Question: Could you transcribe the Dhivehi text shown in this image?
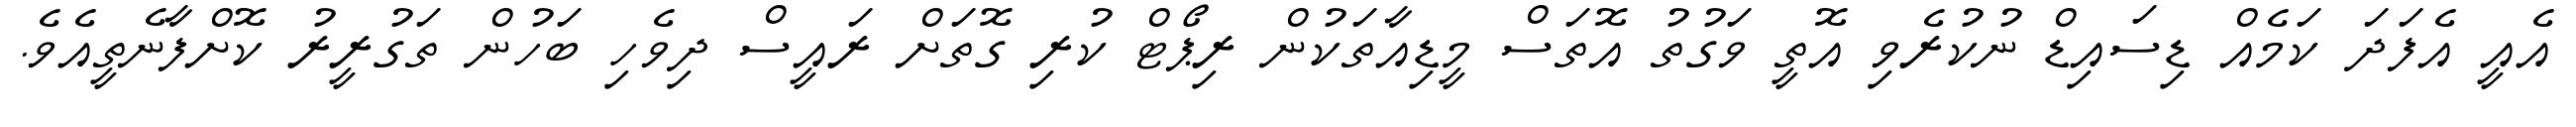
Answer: އެއީ އެފަދަ ކަމެއް ޑިސައިޑް ނުކުރެވި އޮތީ ވަގުތު އޮތަސް މީޑިއާތަކުން ރިޕޯޓް ކުރި ގޮތަށް ރައީސް ދިވެހި ބަހުން ތަގުރީރު ކޮށްފާނެތީއެވެ.